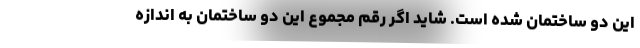
این دو ساختمان شده است. شاید اگر رقم مجموع این دو ساختمان به اندازه